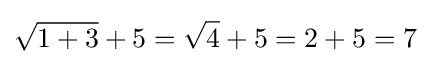
{\sqrt {1+3}}+5={\sqrt {4}}+5=2+5=7